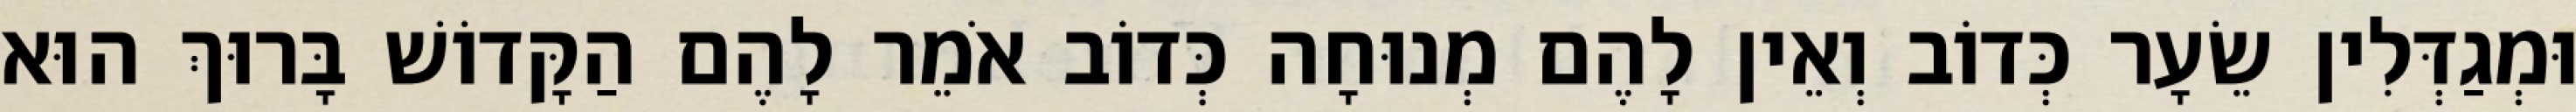
וּמְגַדְּלִין שֵׂעָר כְּדוֹב וְאֵין לָהֶם מְנוּחָה כְּדוֹב אֹמֵר לָהֶם הַקָּדוֹשׁ בָּרוּךְ הוּא